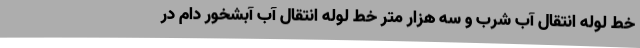
خط لوله انتقال آب شرب و سه هزار متر خط لوله انتقال آب آبشخور دام در